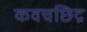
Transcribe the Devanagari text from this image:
कवचछिद्र